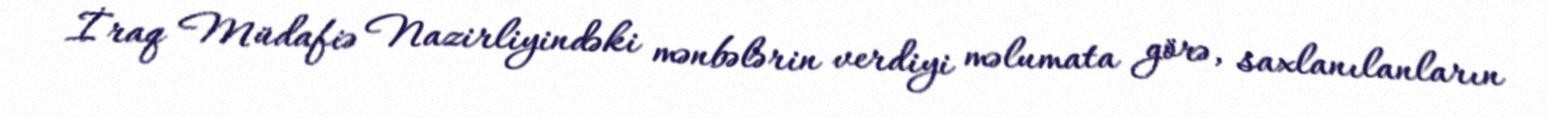
İraq Müdafiə Nazirliyindəki mənbələrin verdiyi məlumata görə, saxlanılanların